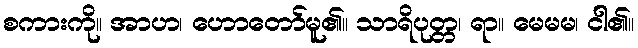
စကားကို။ အာဟ၊ ဟောတော်မူ၏။ သာရိပုတ္တ၊ ရာ။ မေမမ၊ ငါ၏။